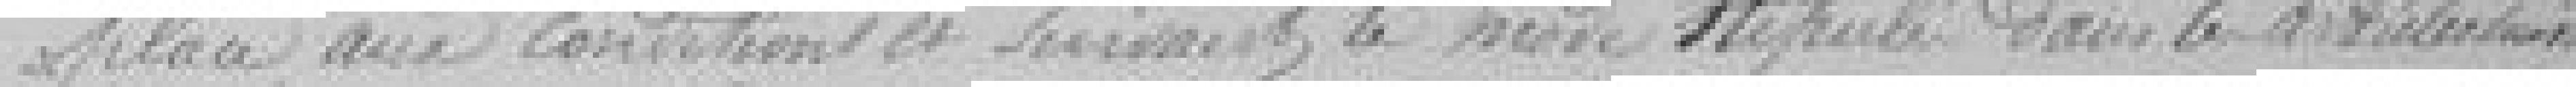
place aux conditions et suivant le texte stipulé dans les articles suivants.